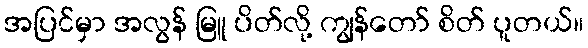
အပြင်မှာ အလွန် မြူ ပိတ်လို့ ကျွန်တော် စိတ် ပူတယ်။